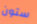
ستون